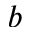
b